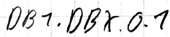
Text: DB1.DBX.0.1